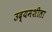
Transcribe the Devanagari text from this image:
उद्यमशीला